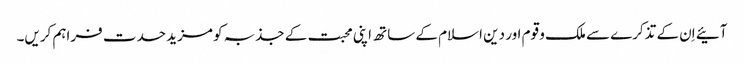
آئیے اِن کے تذکرے سے ملک و قوم اور دین اسلام کے ساتھ اپنی محبت کے جذبہ کو مزید حدت فراہم کریں۔